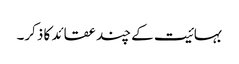
بہائیت کے چند عقائد کا ذکر۔